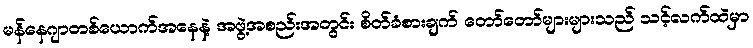
မန်နေဂျာတစ်ယောက်အနေနဲ့ အဖွဲ့အစည်းအတွင်း စိတ်ခံစားချက် တော်တော်များများသည် သင့်လက်ထဲမှာ